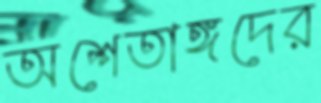
অশেতাঙ্গদের